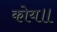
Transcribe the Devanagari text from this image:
कोय॥